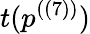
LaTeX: t(p^{((7))})